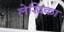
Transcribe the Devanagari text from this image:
ले़खिका